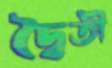
দ্বৈতী